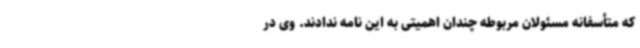
که متأسفانه مسئولان مربوطه چندان اهمیتی به این نامه ندادند. وی در